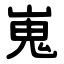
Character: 嵬